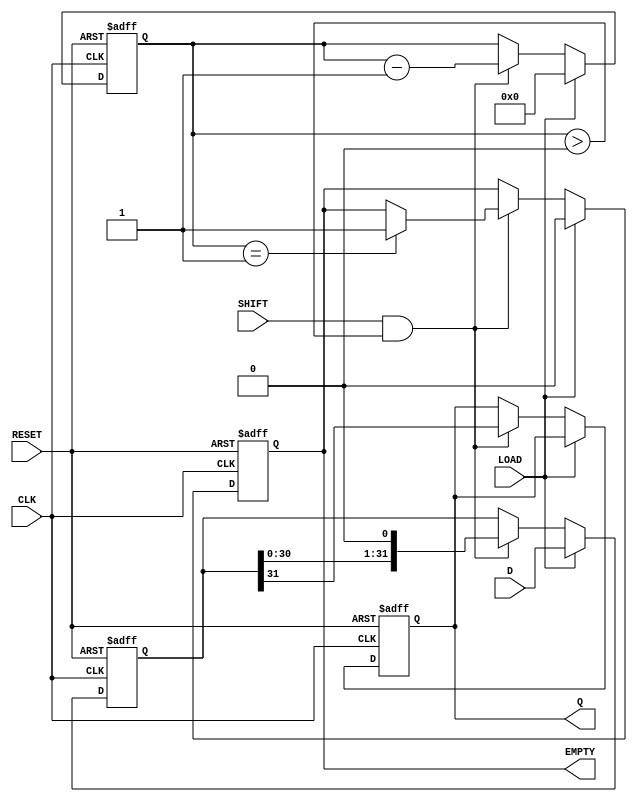
module PISO_Register (
    input wire [31:0] D,      // 32-bit data input
    input wire LOAD,          // Load control signal
    input wire SHIFT,         // Shift control signal
    input wire CLK,           // Clock signal
    input wire RESET,         // Asynchronous reset
    output reg Q,             // Serial output
    output reg EMPTY          // Empty signal
);

    reg [31:0] storage;       // 32-bit storage for parallel data
    reg [4:0] bit_count;      // Counter for the number of bits shifted out

    // Asynchronous reset
    always @(posedge CLK or posedge RESET) begin
        if (RESET) begin
            storage <= 32'b0;  // Clear storage
            Q <= 1'b0;         // Clear serial output
            EMPTY <= 1'b1;     // Initially empty
            bit_count <= 5'b0;  // Reset bit counter
        end else begin
            if (LOAD) begin
                storage <= D;   // Load data into storage
                EMPTY <= 1'b0;  // Not empty after loading
                bit_count <= 5'd32; // Set bit count to 32
            end else if (SHIFT && bit_count > 0) begin
                Q <= storage[31]; // Shift out the MSB
                storage <= {storage[30:0], 1'b0}; // Shift left and fill LSB with 0
                bit_count <= bit_count - 1; // Decrement bit count
                if (bit_count == 1) begin
                    EMPTY <= 1'b1; // Set EMPTY when all bits are shifted out
                end
            end
        end
    end

endmodule